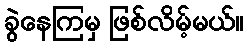
ခွဲနေကြမှ ဖြစ်လိမ့်မယ်။